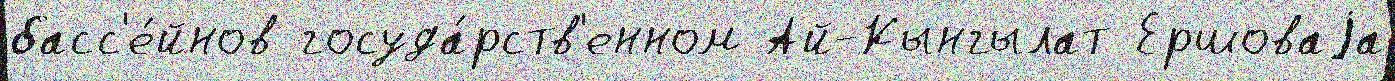
басс'е́йнов госуда́рств'енном Ай-Кынгылат Ершоваjа